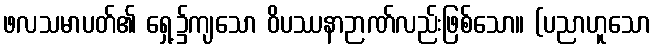
ဖလသမာပတ်၏ ရှေ့၌ကျသော ဝိပဿနာဉာဏ်လည်းဖြစ်သော။ (ပညာဟူသော